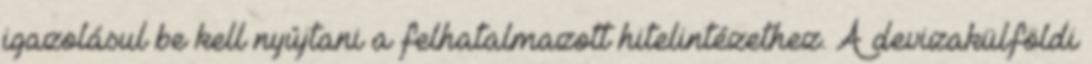
igazolásul be kell nyújtani a felhatalmazott hitelintézethez. A devizakülföldi